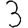
Digit: 3